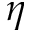
\eta